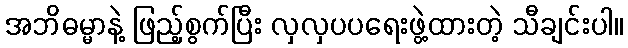
အဘိဓမ္မာနဲ့ ဖြည့်စွက်ပြီး လှလှပပရေးဖွဲ့ထားတဲ့ သီချင်းပါ။